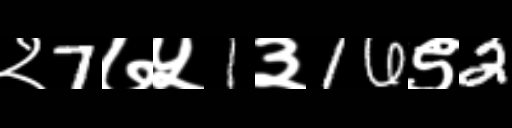
Text: २7७५1३16९2